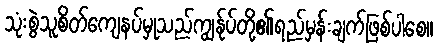
သုံးစွဲသူစိတ်ကျေနပ်မှုသည်ကျွန်ုပ်တို့၏ရည်မှန်းချက်ဖြစ်ပါစေ။